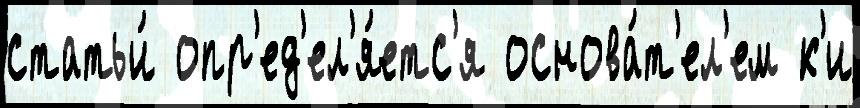
статьи́ опр'ед'ел'я́етс'я основа́т'ел'ем к'и